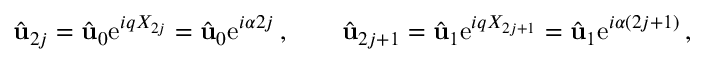
\hat { \mathbf { u } } _ { 2 j } = \hat { \mathbf { u } } _ { 0 } \mathrm { e } ^ { i q X _ { 2 j } } = \hat { \mathbf { u } } _ { 0 } \mathrm { e } ^ { i \alpha 2 j } \, , \qquad \hat { \mathbf { u } } _ { 2 j + 1 } = \hat { \mathbf { u } } _ { 1 } \mathrm { e } ^ { i q X _ { 2 j + 1 } } = \hat { \mathbf { u } } _ { 1 } \mathrm { e } ^ { i \alpha ( 2 j + 1 ) } \, ,